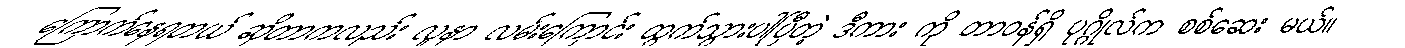
ကြောက်နေရတယ် ဆိုတာကလည်း လူနာ လမ်းကြောင်း ထွက်သွားပါပြီတဲ့ ဒီကား ကို တာဝန်ရှိ ပုဂ္ဂိုလ်က စစ်ဆေး မယ်။